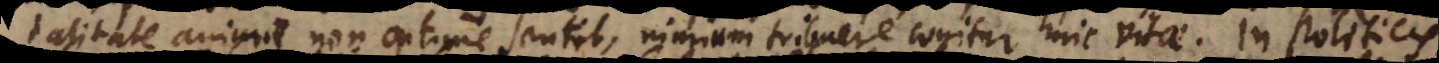
talitate animae non optime sentit, nimium tribuere cogitur huic vitae. In Politicis